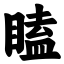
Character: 瞌